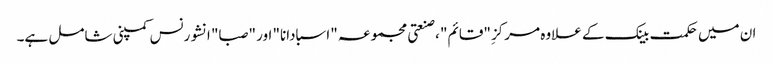
ان میں حکمت بینک کے علاوہ مرکزِ "قائم" ، صنعتی مجموعہ "اسبادانا" اور "صبا" انشورنس کمپنی شامل ہے۔